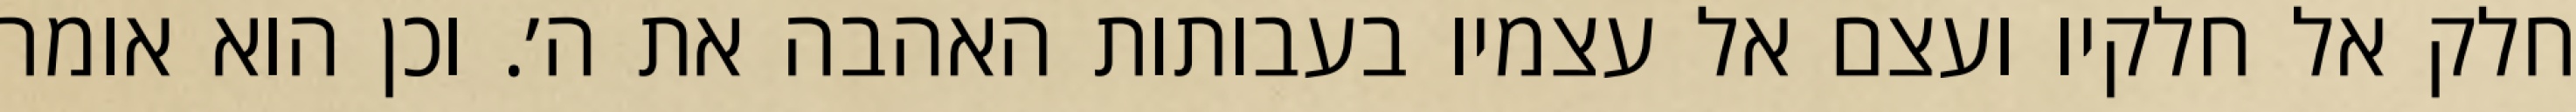
חלק אל חלקיו ועצם אל עצמיו בעבותות האהבה את ה׳. וכן הוא אומר